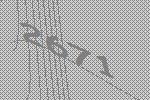
2671